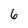
Character: 6